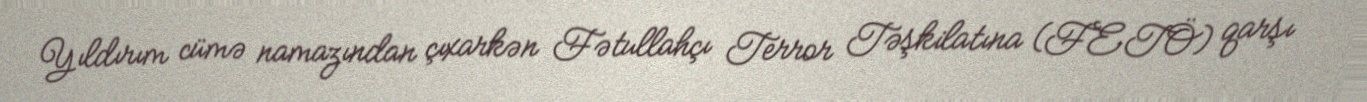
Yıldırım cümə namazından çıxarkən Fətullahçı Terror Təşkilatına (FETÖ) qarşı